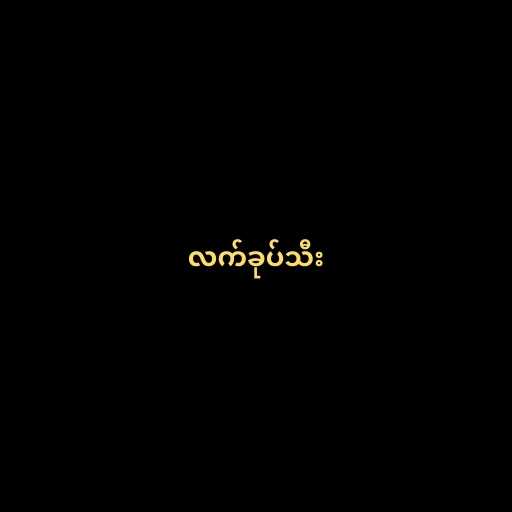
လက်ခုပ်သီး